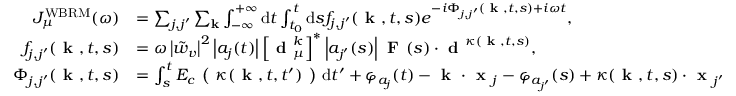
\begin{array} { r l } { J _ { \mu } ^ { \mathrm { W B R M } } ( \omega ) } & { = \sum _ { j , j ^ { \prime } } \sum _ { \mathbf { k } } \int _ { - \infty } ^ { + \infty } \mathrm { d } t \int _ { t _ { 0 } } ^ { t } \mathrm { d } s f _ { j , j ^ { \prime } } ( \textbf { k } , t , s ) e ^ { - i \Phi _ { j , j ^ { \prime } } ( \textbf { k } , t , s ) + i \omega t } , } \\ { f _ { j , j ^ { \prime } } ( \textbf { k } , t , s ) } & { = \omega \left| \tilde { w } _ { v } \right| ^ { 2 } \left| a _ { j } ( t ) \right| \left[ \textbf { d } _ { \mu } ^ { k } \right] ^ { * } \left| a _ { j ^ { \prime } } ( s ) \right| \textbf { F } ( s ) \cdot \textbf { d } ^ { \kappa ( \textbf { k } , t , s ) } , } \\ { \Phi _ { j , j ^ { \prime } } ( \textbf { k } , t , s ) } & { = \int _ { s } ^ { t } E _ { c } \textbf { ( } \kappa ( \textbf { k } , t , t ^ { \prime } ) \textbf { ) } \mathrm { d } t ^ { \prime } + \varphi _ { a _ { j } } ( t ) - \textbf { k } \cdot \textbf { x } _ { j } - \varphi _ { a _ { j ^ { \prime } } } ( s ) + \kappa ( \textbf { k } , t , s ) \cdot \textbf { x } _ { j ^ { \prime } } } \end{array}